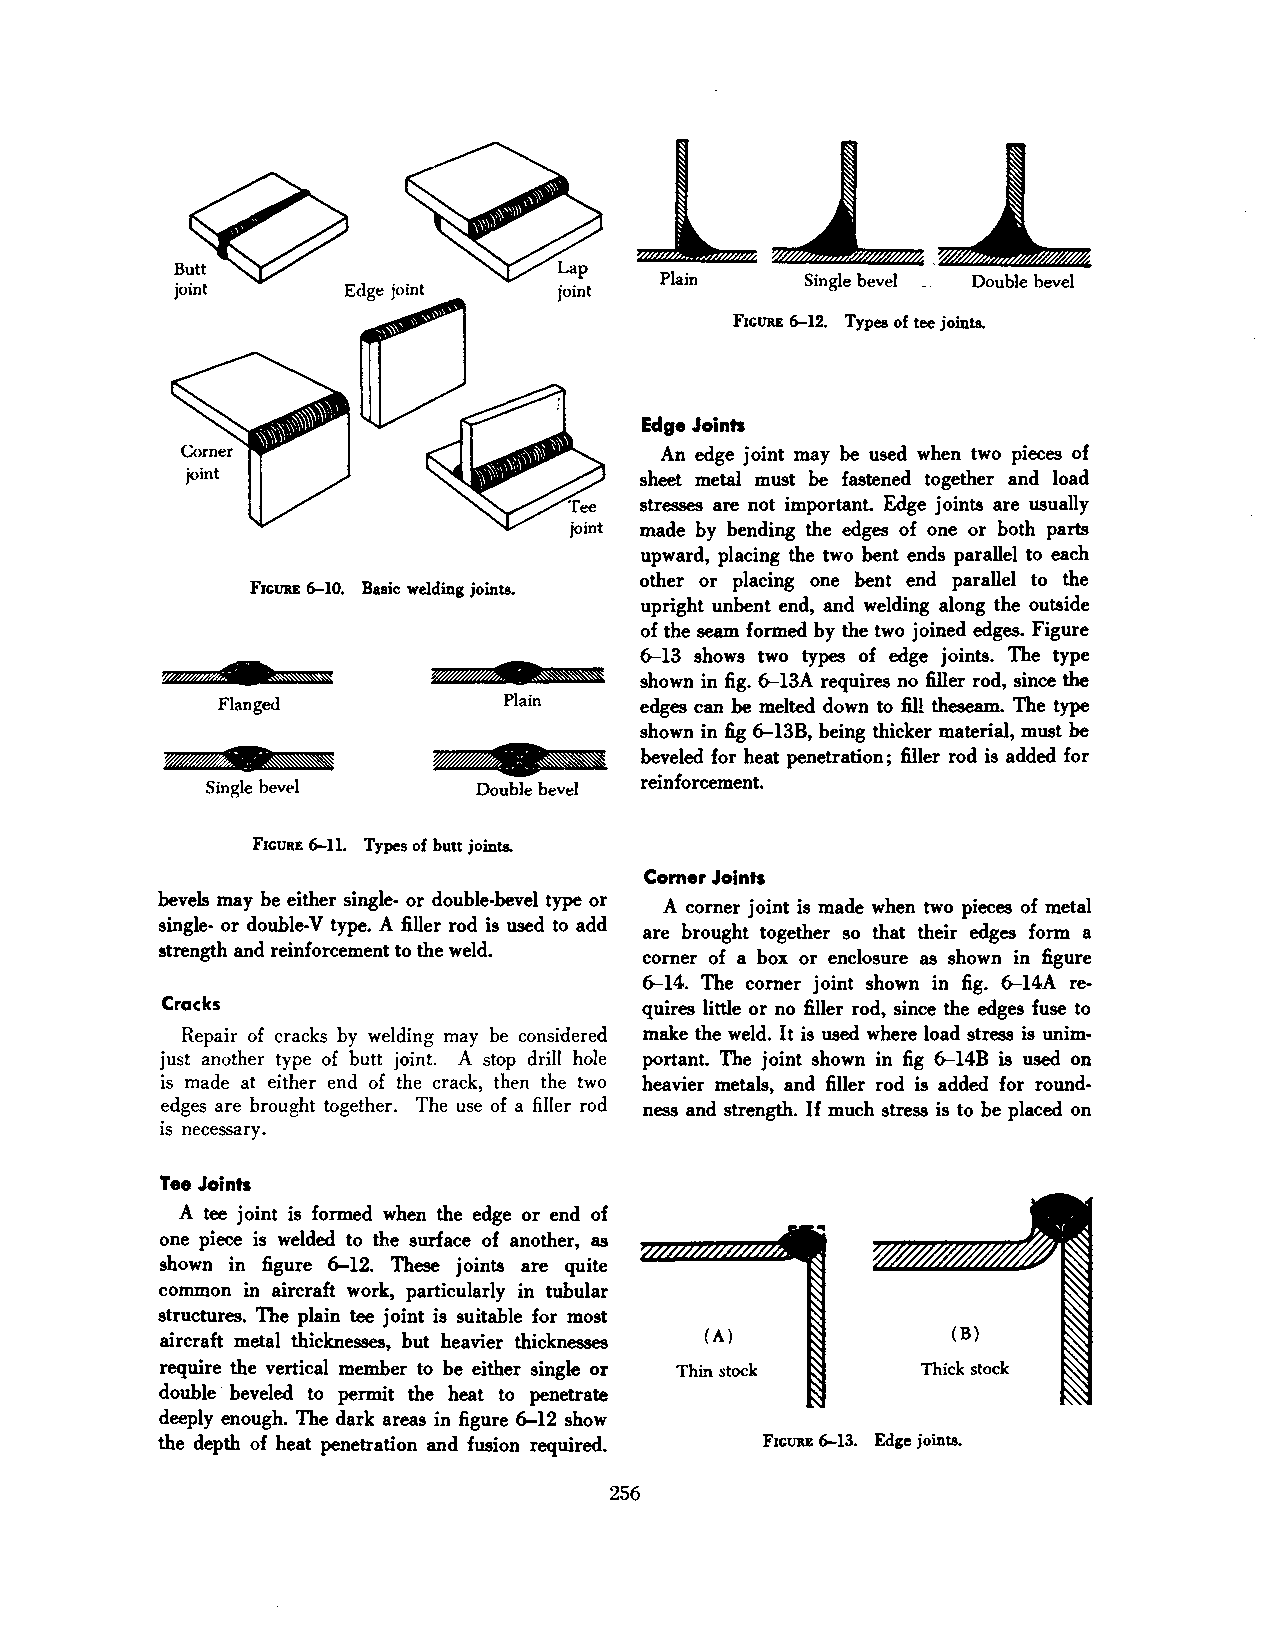
Plain     Single bevel Double bevel
 joint      Edge joint    joint
 FiGURE 6-12. Types of tee joints.
 Edge Joints
 An edge joint may be used when two pieces of
 sheet metal must be fastened together and load
 stresses are not important. Edge joints are usually
 joint made by bending the edges of one or both parts
 upward, placing the two bent ends parallel to each
 other or placing one bent end parallel to the
 FiGURE 6-10. Basic welding joints.
 upright unbent end, and welding along the outside
 of the seam formed by the two joined edges. Figure
 6-13 shows two types of edge joints. The type
 I
 %          *                    shown in fig. 6-13A requires no filler rod, since the
 Flanged            Plain    edges can be melted down to fill theseam. The type
 shown in fig &-13B, being thicker material, must be
 T                II        beveled for heat penetration; filler rod is added for
 Single beVt'l     Double bevel reinforcement.
 FiGURE 6-11. Types of butt joints.
 Comer Joints
 bevels may be either single- or double-bevel type or
 A corner joint is made when two pieces of metal
 single- or double·V type. A filler rod is used to add are brought together so that their edges form a
 strength and reinforcement to the weld.
 corner of a box or enclosure as shown in figure
 &-14. The corner joint shown in fig. &-14A re
 Cracks                          quires little or no filler rod, since the edges fuse to
 Repair of cracks by welding may be considered make the weld. It is used where load stress is unim·
 just another type of butt joint. A stop drill hole portant. The joint shown in fig &-14B is used on
 is made at either end of the crack, then the two heavier metals, and filler rod is added for round
 edges are brought together. The use of a filler rod ness and strength. If much stress is to be placed on
 is necessary.
 Tee Joints
 A tee joint is formed when the edge or end of
 one piece is welded to the surface of another, as
 shown in figure 6-12. These joints are quite
 common in aircraft work, particularly in tubular
 structures. The plain tee joint is suitable for most
 aircraft metal thicknesses, but heavier thicknesses (A) (B)
 require the vertical member to be either single or Thin ~tock Thick stock
 double beveled to permit the heat to penetrate
 deeply enough. The dark areas in figure 6-12 show
 the depth of heat penetration and fusion required. FiGURE 6-13. Edge joints.
 256